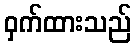
ဝှက်ထားသည်